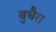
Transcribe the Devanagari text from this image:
बुधैरा